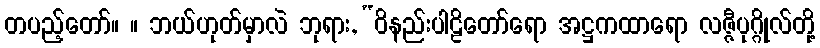
တပည့်တော်။ ။ ဘယ်ဟုတ်မှာလဲ ဘုရား, “ဝိနည်းပါဠိတော်ရော အဋ္ဌကထာရော လဇ္ဇီပုဂ္ဂိုလ်တို့